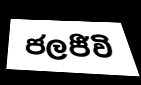
ජලජීවි